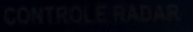
CONTROLE.RADAR